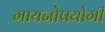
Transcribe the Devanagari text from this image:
गायनोपयोगी